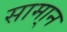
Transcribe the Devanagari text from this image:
सामा्न